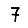
Digit: 7